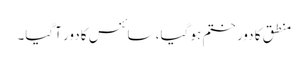
منطق کا دور ختم ہو گیا، سائنس کا دور آگیا۔